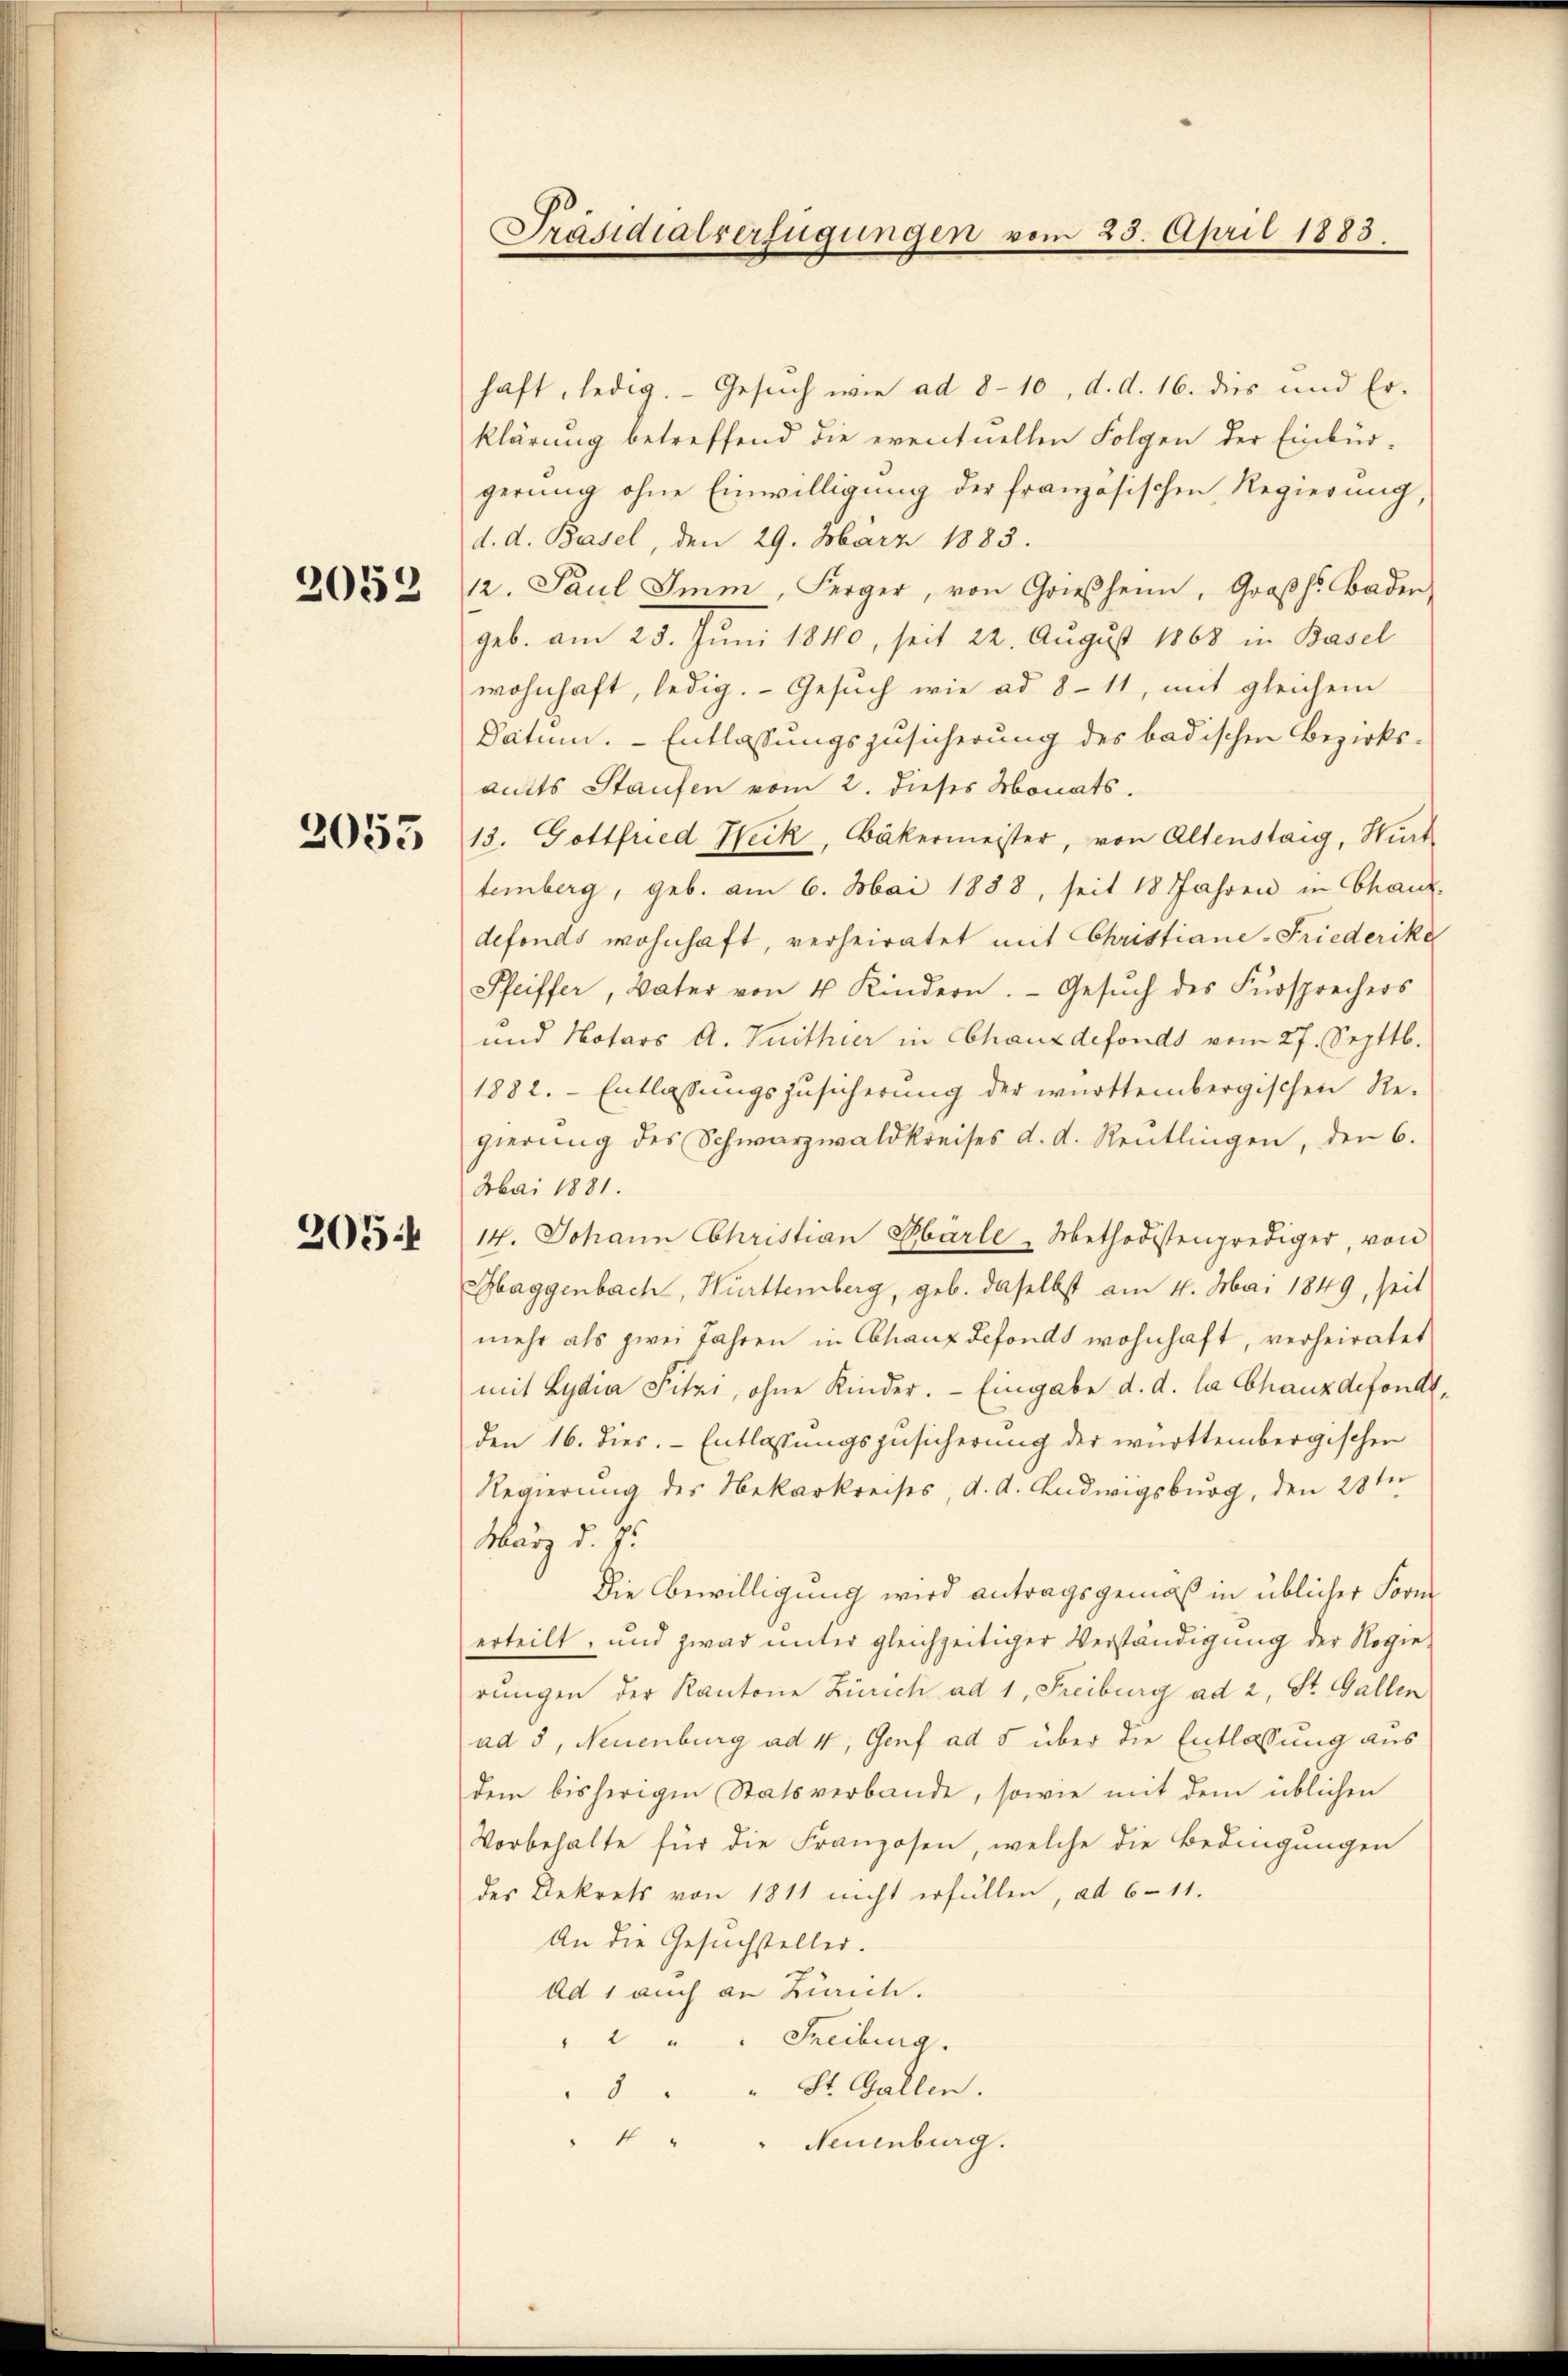
2052

2053

205:

Präsidialverfügungen vom 25. April 1883.

haft, ledig. Gesŭch wie ad 8-10, d. d. 16. dies und Er-
klärung betreffend die eventuellen Folgen der Einbürgerung ohne Einwilligung der französischen Regierung,
d. d. Basel, den 29. März 1883.
12. Paul Imm, Ferger, von Griesheim, Großh. Baden,
geb. am 25. Juni 1840, seit 22. August 1868 in Basel
wohnhaft, ledig. Gesuch wie ad 8-11, mit gleichem
Datum. Entlassungszusicherung des badischen Bezirksamts Staufen vom 2. dieses Monats.
13. Gottfried Heik, Bäkermeister, von Altenstag, Wirt
temberg, geb. am 6. Mai 1888, seit 18 Jahren in Chaux-
defonds wohnhaft, verheiratet mit Christiane-Friederika
Pfeiffer, Vater von 4 Kindern. Gesŭch des Fürsprechers
und Notars A. Tuithier in Chauxdefonds vom 27. Septtb.
1882. Entlassungszusicherung der württembergischen Regierung des Schwarzwaldkreises d. d. Reutlingen, den 6.
Mai 1881.
14. Johann Christian Oberle - Methodistenprediger, von
Haggenbach, Württemberg, geb. daselbst am 4. Mai 1849, seit
mehr als zwei Jahren in Chaux defonds wohnhaft, verheiratet
mit Lydia Fitzi, ohne Kinder. - Eingabe d. d. la Chauxdefonds,
den 16. dies. Entlassungszusicherung der württembergischen
Regierung des Nekarkreises d. d. Ludwigsburg, den 28ten
März v. 2
Die Bewilligung wird antragsgemäß in üblicher Form
erteilt, und zwar unter gleichzeitiger Verständigung der Regie-
rungen der Kantone Zürich ad 1, Freiburg ad 2, St. Gallen
ad 3, Neuenburg ad 4, Genf ad 5 über die Entlassung aus
dem bisherigen Statsverbande, sowie mit dem üblichen
Vorbehalte für die Franzosen, welche die Bedingungen
des Dekrets von 1811 nicht erfüllen, ad 6 - 11.
An die Gesuchsteller.
Ad 1 auch an Zürich.
" " " " Freiburg.
8 " " St. Gallen.
4 " " Neuenburg.